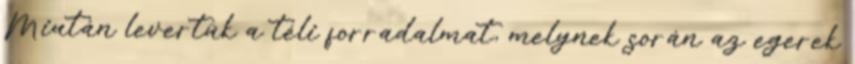
Miután levertük a téli forradalmat, melynek során az egerek